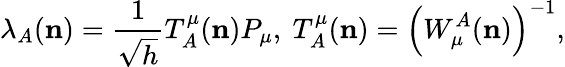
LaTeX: {}\lambda_{A}({\mathbf n})=\frac{1}{\sqrt{h}}T_{A}^{\mu}({\mathbf n})P_{\mu},\ T_{A}^{\mu}({\mathbf n})=\left(W_{\mu}^{A}({\mathbf n})\right)^{-1},